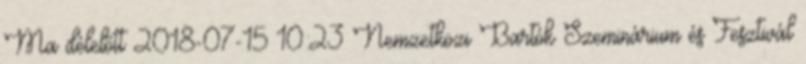
Ma délelőtt 2018-07-15 10:23 Nemzetközi Bartók Szeminárium és Fesztivál